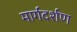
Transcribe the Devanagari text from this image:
मार्गदर्शण